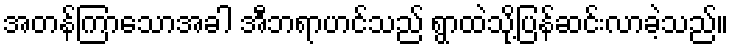
အတန်ကြာသောအခါ အီဘရာဟင်သည် ရွာထဲသို့ပြန်ဆင်းလာခဲ့သည်။